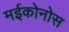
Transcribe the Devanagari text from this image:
मईकोनोस